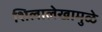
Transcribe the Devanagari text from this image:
शिलालेखामुळे